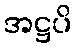
အဋ္ဌပိ